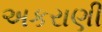
અકરાણી